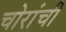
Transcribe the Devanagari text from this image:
चोरांची